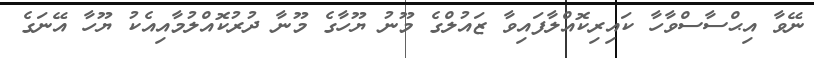
ނޭވާ އިޙްސާސްވާހާ ކައިރިކޮއްލާފައިވާ ޒައުލްގެ މޫނު ޔޫހާގެ މޫނާ ދުރުކޮއްލުމާއިއެކު ޔޫހާ އޭނަގެ